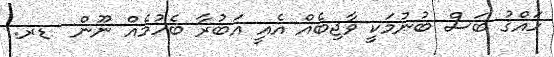
ހައްޤު ބަސް ބުނުމަކީ ވާޖިބެއް އެއީ އަބުރާ ބެހުމެއް ނޫން  ޑރ.